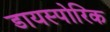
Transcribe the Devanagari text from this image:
डायस्पोरिक